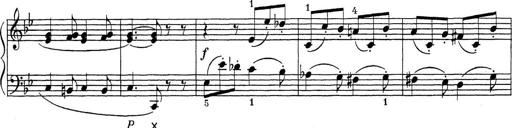
Title: ÄŒeskÃ© Sonatiny
Composer: Various